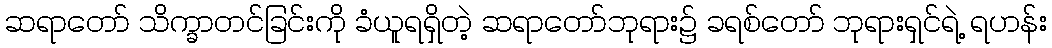
ဆရာတော် သိက္ခာတင်ခြင်းကို ခံယူရရှိတဲ့ ဆရာတော်ဘုရား၌ ခရစ်တော် ဘုရားရှင်ရဲ့ ရဟန်း